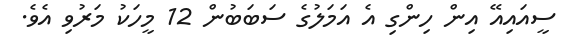
ސީއައިއޭ އިން ހިންގި އެ އަމަލުގެ ސަބަބުން 12 މީހަކު މަރުވި އެވެ.